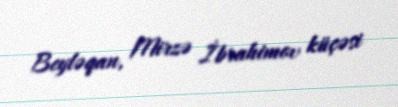
Beyləqan, Mirzə İbrahimov küçəsi